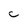
Character: C